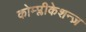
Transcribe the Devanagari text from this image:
कोम्प्लीकेशन्ज़